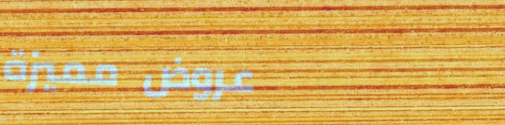
عروض مميزة